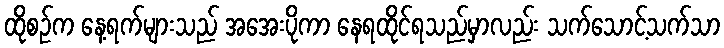
ထိုစဉ်က နေ့ရက်များသည် အအေးပိုကာ နေရထိုင်ရသည်မှာလည်း သက်သောင့်သက်သာ